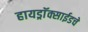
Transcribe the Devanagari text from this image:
हायड्राॅक्साईडचे